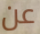
عن